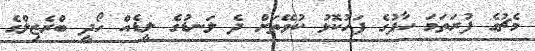
މެޗުގެ ފުރަތަމަ ހާފުގެ ފަހުކޮޅު ކުވޭތަށް ދެ ލަނޑުގެ ލީޑެއް ހޯދީ ބްރެޒިލްގެ